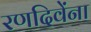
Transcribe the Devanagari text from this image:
रणदिवेंना